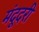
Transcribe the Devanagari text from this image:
मंदूदरी